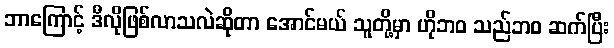
ဘာကြောင့် ဒီလိုဖြစ်လာသလဲဆိုတာ အောင်မယ် သူတို့မှာ ဟိုဘဝ သည်ဘဝ ဆက်ပြီး